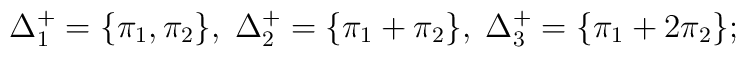
\Delta^+_1=\{ \pi_1,\pi_2\},\;\Delta^+_2=\{ \pi_1+\pi_2\},\;\Delta^+_3=\{ \pi_1+2\pi_2\};